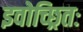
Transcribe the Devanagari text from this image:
इवोच्छ्रितः